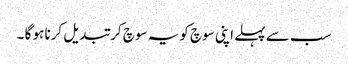
سب سے پہلے اپنی سوچ کو یہ سوچ کر تبدیل کرنا ہو گا ۔